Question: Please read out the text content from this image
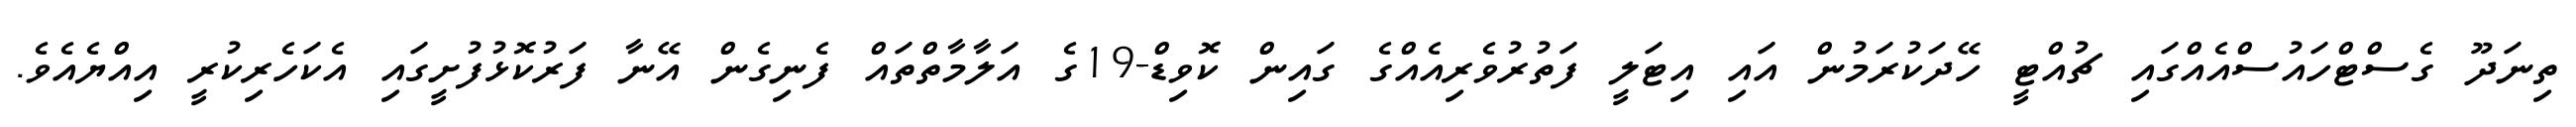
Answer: ތިނަދޫ ގެސްޓްހައުސްއެއްގައި ޗުއްޓީ ހޭދަކުރަމުން އައި އިޓަލީ ފަތުރުވެރިއެއްގެ ގައިން ކޮވިޑް-19ގެ އަލާމާތްތައް ފެނިގެން އޭނާ ފަރުކޮޅުފުށީގައި އެކަހެރިކުރީ އިއްޔެއެވެ.